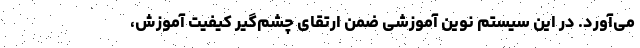
می‌آورد. در این سیستم نوین آموزشی ضمن ارتقای چشم‌گیر کیفیت آموزش،